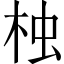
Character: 𣑺